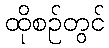
ထိုစဉ်တွင်